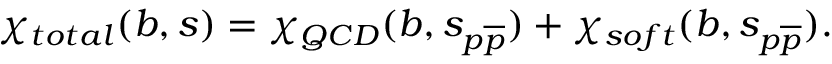
\chi _ { t o t a l } ( b , s ) = \chi _ { Q C D } ( b , s _ { p \overline { { { p } } } } ) + \chi _ { s o f t } ( b , s _ { p \overline { { { p } } } } ) .